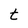
Character: t